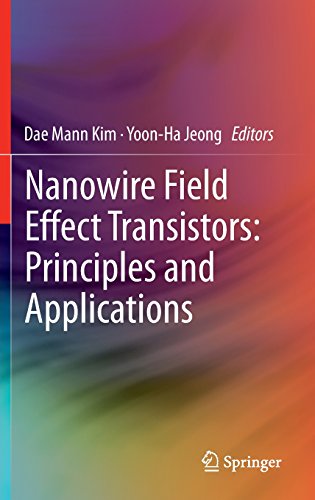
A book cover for Nanowire Field Effect Transistors: Principles and Applications; Science & Math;